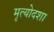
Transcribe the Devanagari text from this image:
मृत्योदशा